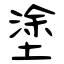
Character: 塗